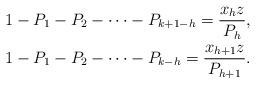
LaTeX: \begin{align*}1 - P_1 - P_2 - \cdots - P_{k+1-h} = \frac{x_h z}{P_h}, \\1 - P_1 - P_2 - \cdots - P_{k-h} = \frac{x_{h+1} z}{P_{h+1}}.\end{align*}